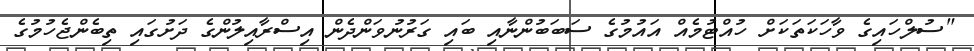
"ސުލްހައިގެ ވާހަކަތަކަށް ހުއްޓުމެއް އައުމުގެ ސަބަބުންނާއި ބައި ގަރުނުވަންދެން އިސްރާއިލުންގެ ދަށުގައި ތިބެންޖެހުމުގެ